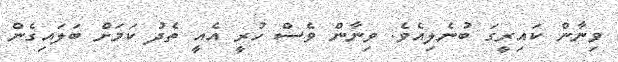
ވިނާން ކައިރީގަ ބުނެލިއެވެ. ވިނާން ވެސް ހުރީ އެއީ ތެދު ކަމަށް ބަލައިގެން